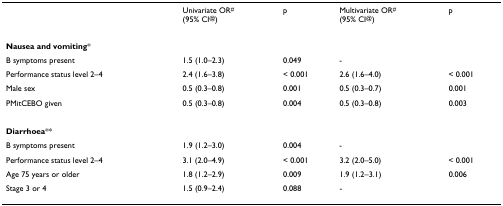
<table><thead><tr><td></td><td><b>Univariate OR<sup>#</sup>(95% CI<sup>@</sup>)</b></td><td><b>p</b></td><td><b>Multivariate OR<sup>#</sup>(95% CI<sup>@</sup>)</b></td><td><b>p</b></td></tr></thead><tbody><tr><td><b>Nausea and vomiting</b>*</td><td></td><td></td><td></td><td></td></tr><tr><td>B symptoms present</td><td>1.5 (1.0–2.3)</td><td>0.049</td><td>-</td><td></td></tr><tr><td>Performance status level 2–4</td><td>2.4 (1.6–3.8)</td><td>&lt; 0.001</td><td>2.6 (1.6–4.0)</td><td>&lt; 0.001</td></tr><tr><td>Male sex</td><td>0.5 (0.3–0.8)</td><td>0.001</td><td>0.5 (0.3–0.7)</td><td>0.001</td></tr><tr><td>PMitCEBO given</td><td>0.5 (0.3–0.8)</td><td>0.004</td><td>0.5 (0.3–0.8)</td><td>0.003</td></tr><tr><td><b>Diarrhoea</b>**</td><td></td><td></td><td></td><td></td></tr><tr><td>B symptoms present</td><td>1.9 (1.2–3.0)</td><td>0.004</td><td>-</td><td></td></tr><tr><td>Performance status level 2–4</td><td>3.1 (2.0–4.9)</td><td>&lt; 0.001</td><td>3.2 (2.0–5.0)</td><td>&lt; 0.001</td></tr><tr><td>Age 75 years or older</td><td>1.8 (1.2–2.9)</td><td>0.009</td><td>1.9 (1.2–3.1)</td><td>0.006</td></tr><tr><td>Stage 3 or 4</td><td>1.5 (0.9–2.4)</td><td>0.088</td><td>-</td><td></td></tr></tbody></table>